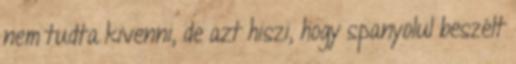
nem tudta kivenni, de azt hiszi, hogy spanyolul beszélt